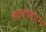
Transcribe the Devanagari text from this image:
हव्यवाहन